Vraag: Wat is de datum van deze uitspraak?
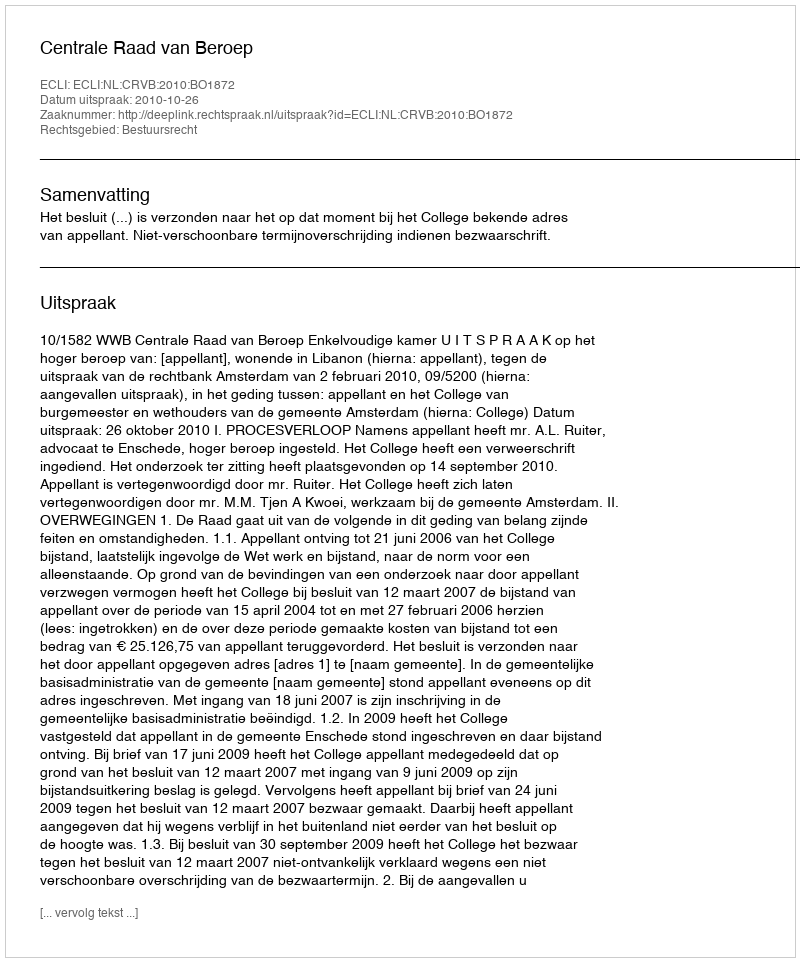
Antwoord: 2010-10-26